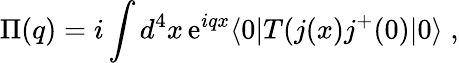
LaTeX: \Pi(q)=i\int d^{4}x\, \mathrm{e}^{iqx}\langle 0|T(j(x)j^{+}(0)|0\rangle\; ,